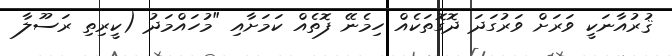
ޤުރުއާނަކީ ވަރަށް ވަރުގަދަ ދޮގޮތަކެއް ހިމެނޭ ފޮތެއް ކަމަށާއި "މުހައްމަދު (ކީރިތި ރަސޫލާ